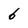
Character: 6